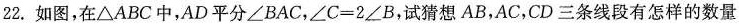
22.如图，在\bigtriangleup ABC中，AD平分\angle BAC，$$\angle C = 2 \angle B$$，试猜想AB，AC，CD三条线段有怎样的数量